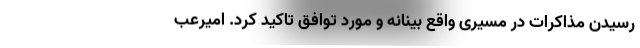
رسیدن مذاکرات در مسیری واقع بینانه و مورد توافق تاکید کرد. امیرعب